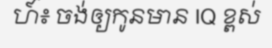
ហ៍៖ ចង់ឲ្យកូនមាន IQ ខ្ពស់